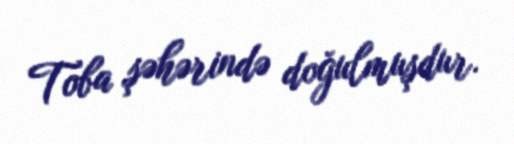
Toba şəhərində doğulmuşdur.